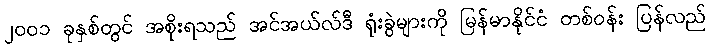
၂၀၀၁ ခုနှစ်တွင် အစိုးရသည် အင်အယ်လ်ဒီ ရုံးခွဲများကို မြန်မာနိုင်ငံ တစ်ဝန်း ပြန်လည်